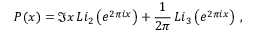
{ \cal P } ( x ) = \Im x \, { \cal L } i _ { 2 } \left( e ^ { 2 \pi i x } \right) + \frac { 1 } { 2 \pi } \, { \cal L } i _ { 3 } \left( e ^ { 2 \pi i x } \right) \, ,